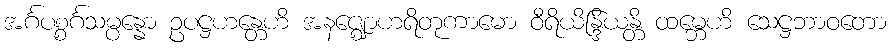
အင်္ဂပစ္စင်္ဂသမ္ပန္နော ဥပဋ္ဌဟန္တေဟိ အနဇ္ဈောဟရိတုကာမော ဝီရိယိန္ဒြိယန္တိ ထမ္ဘေဟိ သေဋ္ဌဘာဝတော